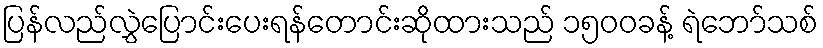
ပြန်လည်လွှဲပြောင်းပေးရန်တောင်းဆိုထားသည် ၁၅၀၀ခန့် ရဲဘော်သစ်